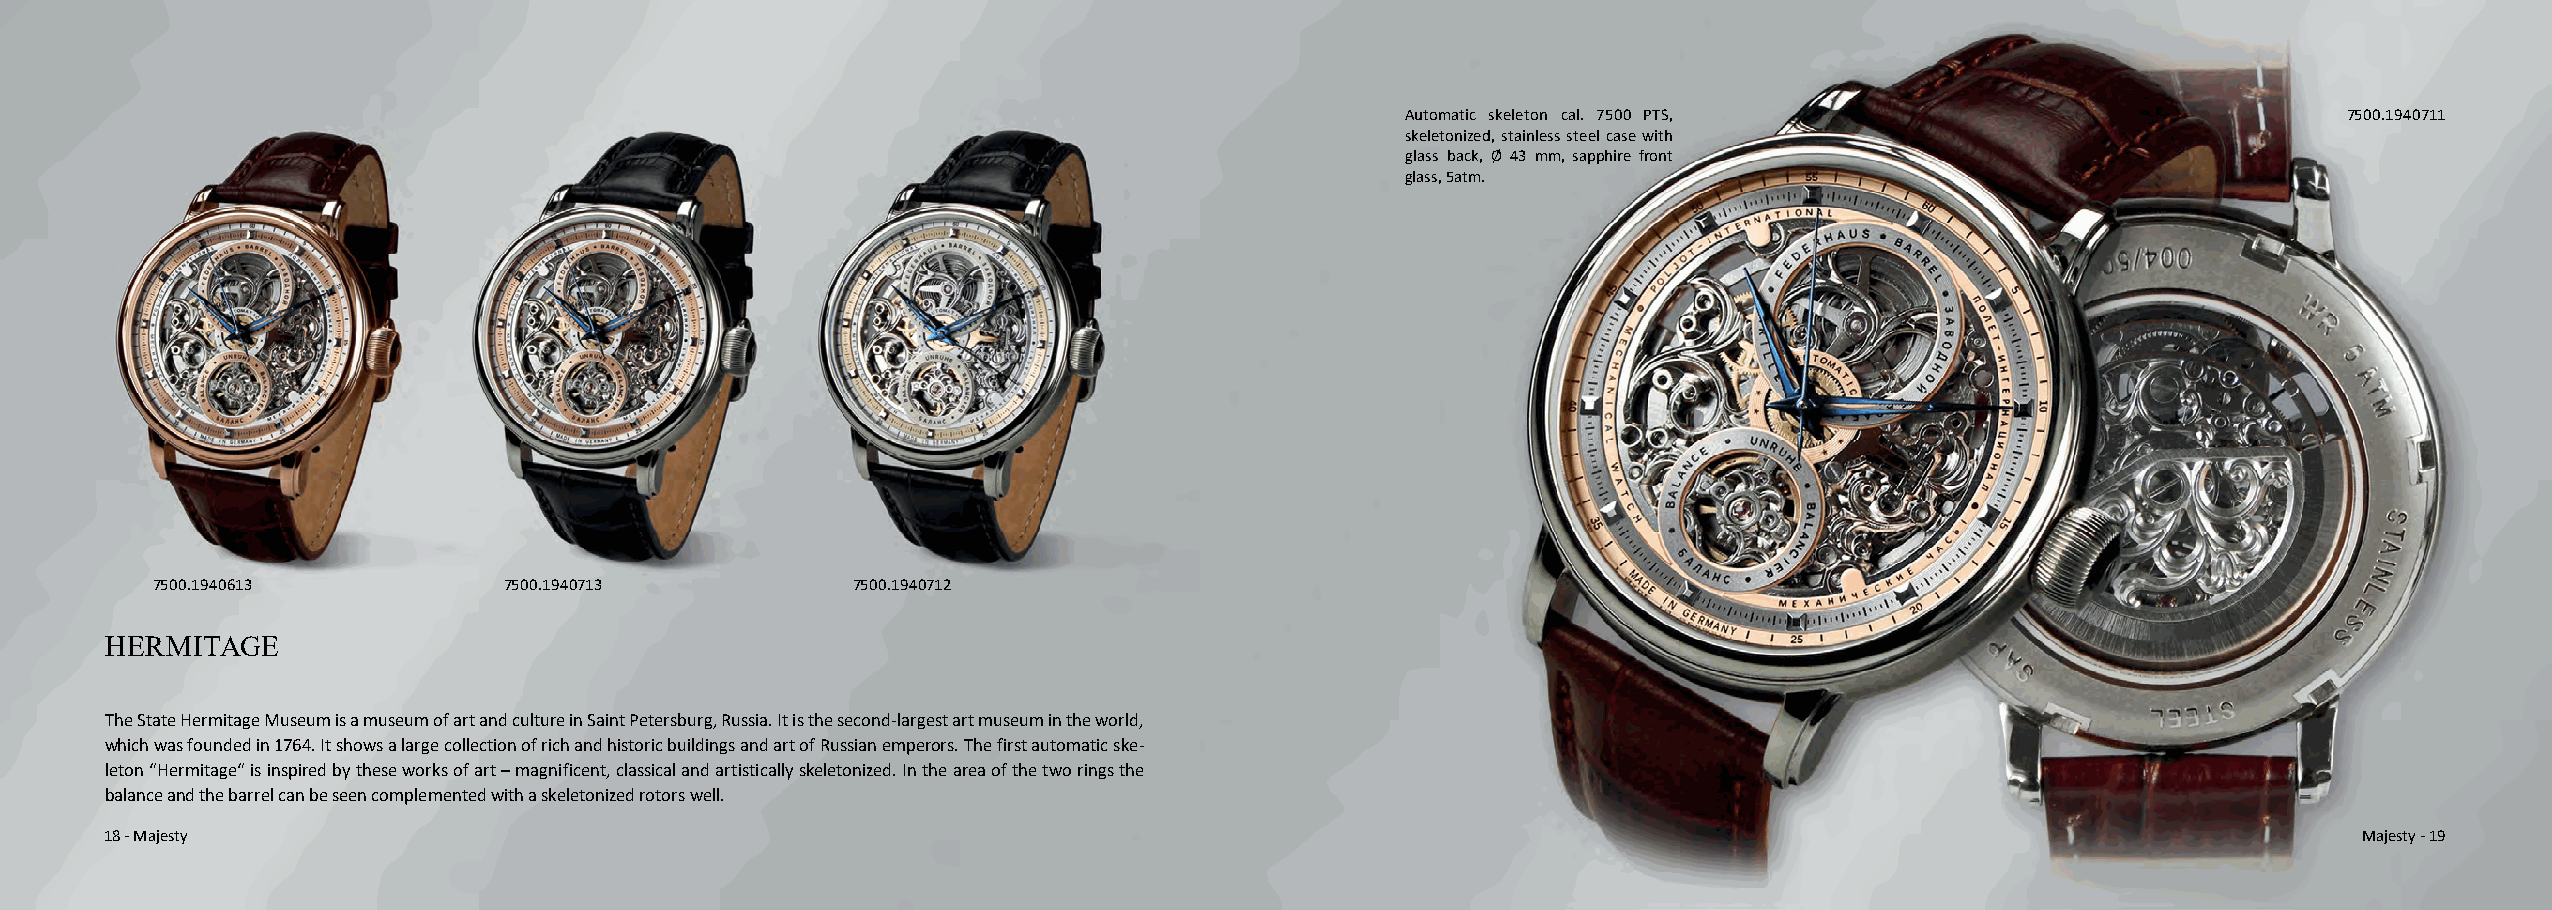
Automatic skeleton cal. 7500 PTS,                             7500.1940711
 skeletonized, stainless steel case with
 glass back, Ø 43 mm, sapphire front
 glass, 5atm.
 7500.1940613           7500.1940713           7500.1940712
 HERMITAGE
 The State Hermitage Museum is a museum of art and culture in Saint Petersburg, Russia. It is the second-largest art museum in the world,
 which was founded in 1764. It shows a large collection of rich and historic buildings and art of Russian emperors. The first automatic ske-
 leton “Hermitage“ is inspired by these works of art – magnificent, classical and artistically skeletonized. In the area of the two rings the
 balance and the barrel can be seen complemented with a skeletonized rotors well.
 18 - Majesty                                                                                                                                         Majesty - 19